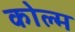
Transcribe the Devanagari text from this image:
कोल्म